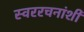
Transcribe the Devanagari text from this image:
स्वररचनांशी